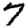
Digit: 7